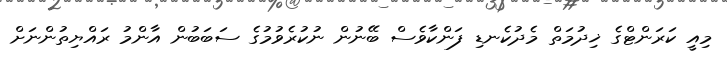
މިއީ ކަރަންޓްގެ ޚިދުމަތް މެދުކެނޑި ފަންކާވެސް ބޭނުން ނުކުރެވުމުގެ ސަބަބުން އާންމު ރައްޔިތުންނަށް